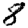
Digit: 8